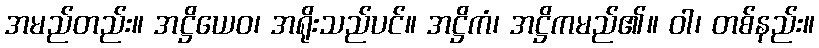
အမည်တည်း။ အဋ္ဌိယေဝ၊ အရိုးသည်ပင်။ အဋ္ဌိကံ၊ အဋ္ဌိကမည်၏။ ဝါ၊ တစ်နည်း။